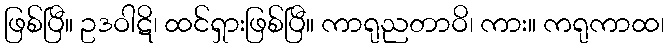
ဖြစ်ပြီ။ ဥဒဝါဋိ၊ ထင်ရှားဖြစ်ပြီ။ ကာရုညတာဝိ၊ ကား။ ကရုကာထ၊